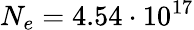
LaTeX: N_{e}=4.54\cdot 10^{17}